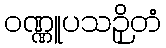
ဝဏ္ဏူပသဉှိတံ